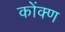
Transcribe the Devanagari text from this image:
कोंक्ण